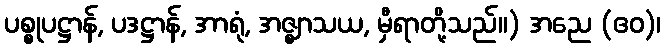
ပစ္စုပဋ္ဌာန်, ပဒဋ္ဌာန်, အာရုံ, အဇ္ဈာသယ, မှီရာတို့သည်။) အညေ (ဧဝ)၊